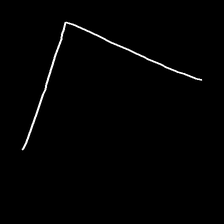
Glyph: region